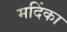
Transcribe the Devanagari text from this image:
मदिंका